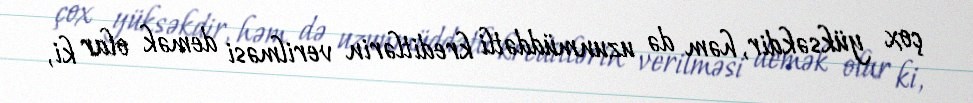
çox yüksəkdir, həm də uzunmüddətli kreditlərin verilməsi demək olar ki,